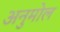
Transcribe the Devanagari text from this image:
अनुमोल